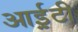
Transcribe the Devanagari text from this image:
आई़़टी